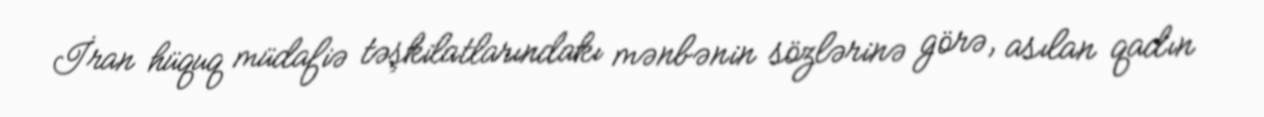
İran hüquq müdafiə təşkilatlarındakı mənbənin sözlərinə görə, asılan qadın